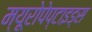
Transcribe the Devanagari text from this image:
म्यूरोपेप्टाइड्स